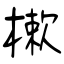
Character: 樕